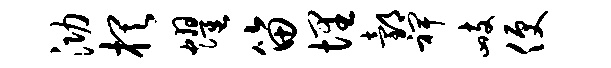
泐棋耀笛埋邰裨峙便